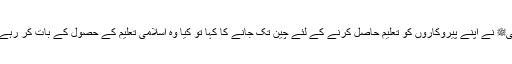
جب نبیﷺ نے اپنے پیروکاروں کو تعلیم حاصل کرنے کے لئے چین تک جانے کا کہا تو کیا وہ اسلامی تعلیم کے حصول کے بات کر رہے تھے؟